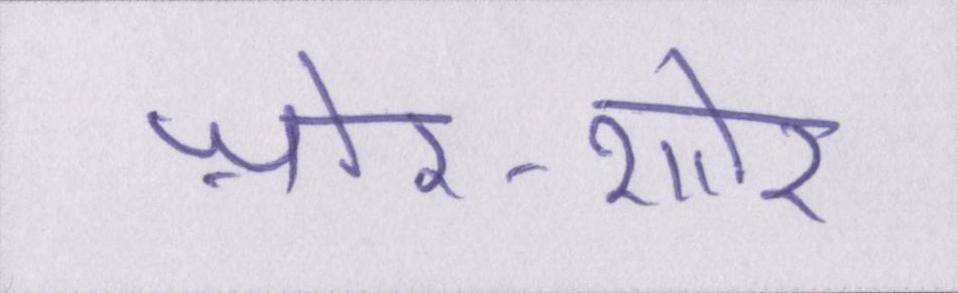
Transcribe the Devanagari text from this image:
ज़ोर-शोर